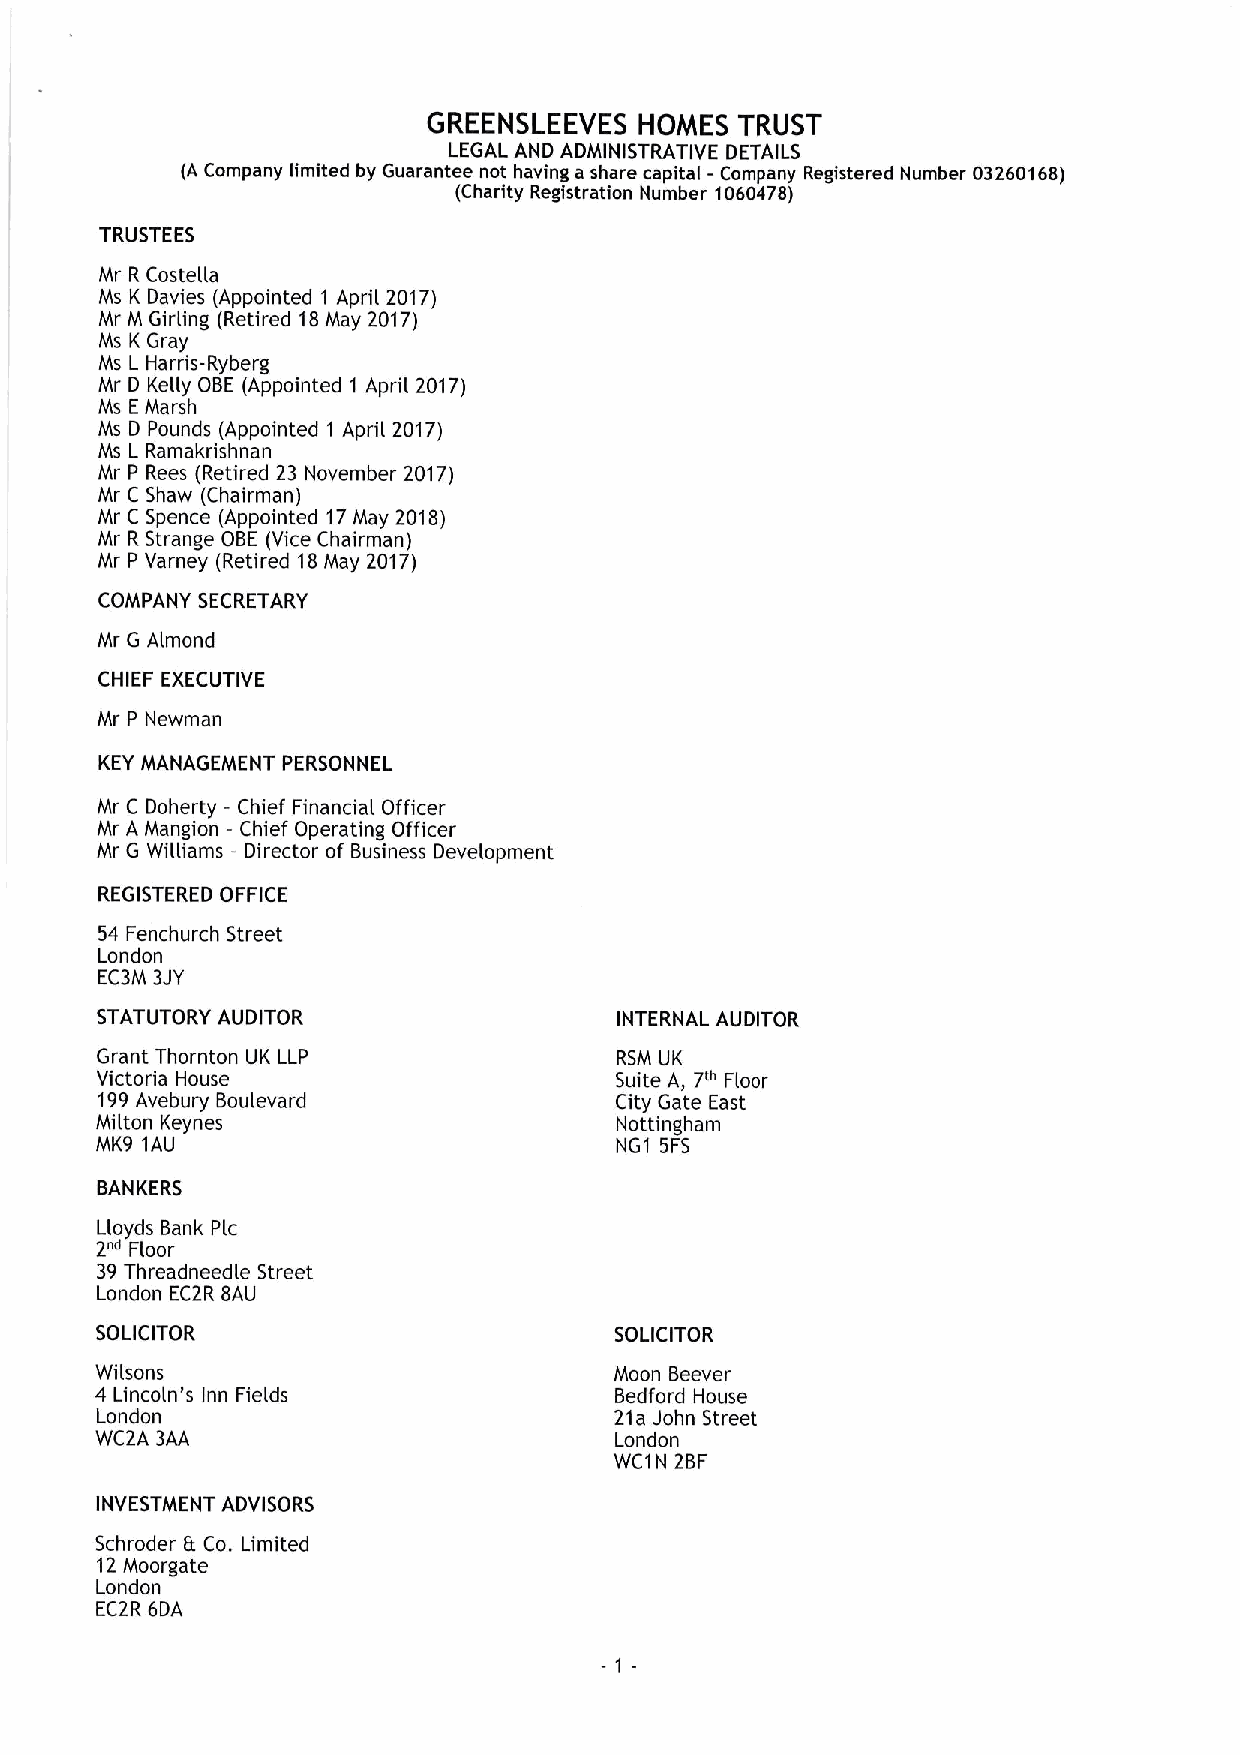
GREENSLEEVES  HOMES  TRUST
 LEGAL AND ADMINISTRATIVE DETAILS
 (A Company limited by Guarantee not having a share capital - Company Registered Number 03260168)
 (Charity Registration Number 1060478)
 TRUSTEES
 Mr R Costella
 Ms K Davies (Appointed 1 April 2017)
 Mr M Girling (Retired 18May 2017)
 Ms K Gray
 Ms L Harris-Ryberg
 Mr D Kelly OBE (Appointed 1 April 2017)
 Ms EMarsh
 Ms D Pounds (Appointed 1 April 2017)
 Ms L Ramakrishnan
 Mr P Rees (Retired 23 November 2017)
 Mr C Shaw (Chairman)
 Mr C Spence (Appointed 17May 2018)
 Mr R Strange OBE (Vice Chairman)
 Mr P Varney (Retired 18May 2017)
 COMPANY SECRETARY
 Mr G Almond
 CHIEF EXECUTIVE
 Mr P Newman
 KEYMANAGEMENT PERSONNEL
 Mr C Doherty —Chief Financial Officer
 Mr A Mangion —Chief Operating Officer
 Mr G Williams —Director of Business Development
 REGISTERED OFFICE
 54 Fenchurch Street
 London
 EC3M 3JY
 STATUTORY AUDITOR                  INTERNAL AUDITOR
 Grant Thornton UK LLP              RSM UK
 Victoria House                     Suite A, 7'" Floor
 199Avebury Boulevard               City Gate East
 Milton Keynes                      Nottingham
 MK9 1AU                            NG1 5FS
 BANKERS
 Lloyds Bank Plc
 2"4 Floor
 39Threadneedle Street
 London EC2R BAU
 SOLICITOR                          SOLICITOR
 Wilsons                            Moon Beever
 4 Lincoln's Inn Fields             Bedford House
 London                             21a John Street
 WC2A 3AA                           London
 WC1N 2BF
 INVESTMENT ADVISORS
 Schroder Et Co. Limited
 12Moorgate
 London
 EC2R 6DA